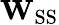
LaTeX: \mathbf{W}_{\mathrm{SS}}